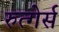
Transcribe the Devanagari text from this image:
रुत्गेर्स